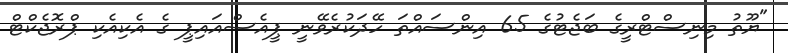
"ޔޫތު މިނިސްޓްރީގެ ބަޖެޓުގެ 65 އިންސައްތަ ހޭދަކުރެވޭނީ ޕީއެސްއައިޕީ ގެ އެކިއެކި ޕްރޮޖެކްޓް